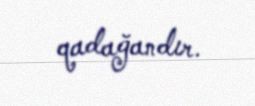
qadağandır.